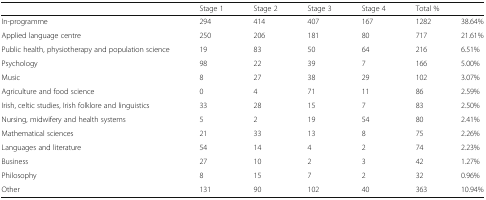
<table><thead><tr><td></td><td><b>Stage 1</b></td><td><b>Stage 2</b></td><td><b>Stage 3</b></td><td><b>Stage 4</b></td><td colspan="2"><b>Total %</b></td></tr></thead><tbody><tr><td>In-programme</td><td>294</td><td>414</td><td>407</td><td>167</td><td>1282</td><td>38.64%</td></tr><tr><td>Applied language centre</td><td>250</td><td>206</td><td>181</td><td>80</td><td>717</td><td>21.61%</td></tr><tr><td>Public health, physiotherapy and population science</td><td>19</td><td>83</td><td>50</td><td>64</td><td>216</td><td>6.51%</td></tr><tr><td>Psychology</td><td>98</td><td>22</td><td>39</td><td>7</td><td>166</td><td>5.00%</td></tr><tr><td>Music</td><td>8</td><td>27</td><td>38</td><td>29</td><td>102</td><td>3.07%</td></tr><tr><td>Agriculture and food science</td><td>0</td><td>4</td><td>71</td><td>11</td><td>86</td><td>2.59%</td></tr><tr><td>Irish, celtic studies, Irish folklore and linguistics</td><td>33</td><td>28</td><td>15</td><td>7</td><td>83</td><td>2.50%</td></tr><tr><td>Nursing, midwifery and health systems</td><td>5</td><td>2</td><td>19</td><td>54</td><td>80</td><td>2.41%</td></tr><tr><td>Mathematical sciences</td><td>21</td><td>33</td><td>13</td><td>8</td><td>75</td><td>2.26%</td></tr><tr><td>Languages and literature</td><td>54</td><td>14</td><td>4</td><td>2</td><td>74</td><td>2.23%</td></tr><tr><td>Business</td><td>27</td><td>10</td><td>2</td><td>3</td><td>42</td><td>1.27%</td></tr><tr><td>Philosophy</td><td>8</td><td>15</td><td>7</td><td>2</td><td>32</td><td>0.96%</td></tr><tr><td>Other</td><td>131</td><td>90</td><td>102</td><td>40</td><td>363</td><td>10.94%</td></tr></tbody></table>